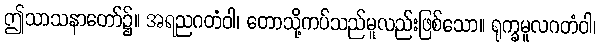
ဤသာသနာတော်၌။ အရညဂတံဝါ၊ တောသို့ကပ်သည်မူလည်းဖြစ်သော။ ရုက္ခမူလဂတံဝါ၊